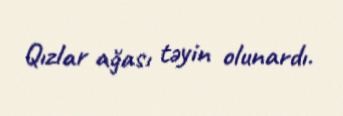
Qızlar ağası təyin olunardı.